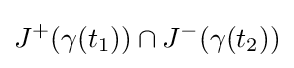
J^{+}(\gamma (t_{1}))\cap J^{-}(\gamma (t_{2}))